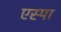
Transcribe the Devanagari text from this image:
एस्पा